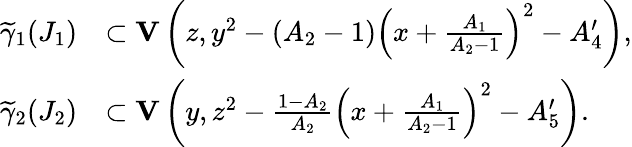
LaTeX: \begin{array}{rl}{\widetilde{\gamma}_{1}(J_{1})}&{\subset{\mathbf{V}}\left(z,y^{2}-(A_{2}-1)\left(x+\frac{A_{1}}{A_{2}-1}\right)^{2}-A_{4}^{\prime}\right),}\\ {\widetilde{\gamma}_{2}(J_{2})}&{\subset{\mathbf{V}}\left(y,z^{2}-\frac{1-A_{2}}{A_{2}}\left(x+\frac{A_{1}}{A_{2}-1}\right)^{2}-A_{5}^{\prime}\right).}\end{array}